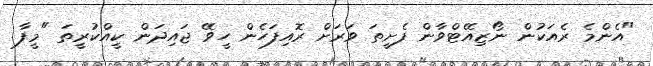
"އެންމެ ރެއަކުން ނޯޒިއޭޓްވާން ފެށީތަ ވަރަށް ރޮއިފަހެން ހީވޭ ޖައިދަން ކީއްކުރީތަ "މީފާ